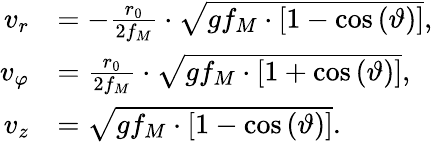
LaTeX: \begin{array}{rl}{v_{r}}&{=-\frac{r_{0}}{2f_{M}}\cdot\sqrt{gf_{M}\cdot\left[1-\cos\left(\vartheta\right)\right]},}\\ {v_{\varphi}}&{=\frac{r_{0}}{2f_{M}}\cdot\sqrt{gf_{M}\cdot\left[1+\cos\left(\vartheta\right)\right]},}\\ {v_{z}}&{=\sqrt{gf_{M}\cdot\left[1-\cos\left(\vartheta\right)\right]}.}\end{array}